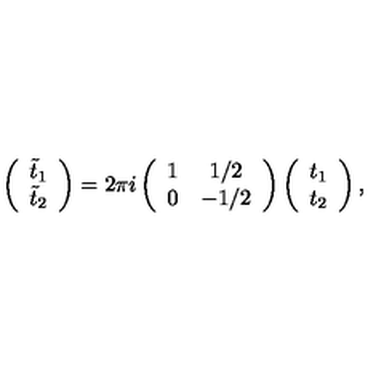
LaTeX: \left( \begin{array} { c } { { \tilde { t } } _ { 1 } } \\ { { \tilde { t } } _ { 2 } } \\ \end{array} \right) = 2 \pi i \left( \begin{array} { c c } { 1 } & { 1 / 2 } \\ { 0 } & { - 1 / 2 } \\ \end{array} \right) \left( \begin{array} { c } { t _ { 1 } } \\ { t _ { 2 } } \\ \end{array} \right) ,